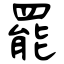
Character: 罷